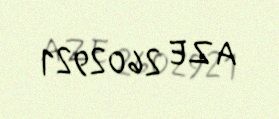
AZE 2602921